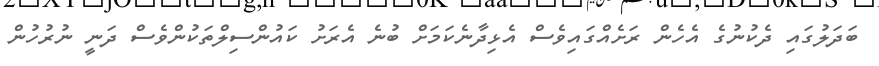
ބަދަލުގައި ދެކުނުގެ އެހެން ރަށެއްގައިވެސް އެޅިދާނެކަމަށް ބުނެ އެރަށު ކައުންސިލްތަކުންވެސް ދަނީ ނުރުހުން